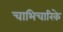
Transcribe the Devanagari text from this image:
चाभिचारिके